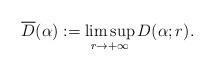
LaTeX: \begin{align*} \overline{D}(\alpha) := \limsup_{r\to +\infty}D(\alpha;r).\end{align*}